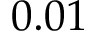
0 . 0 1